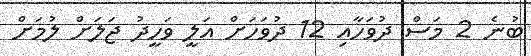
ބުނެ 2 މަސް ދުވަހާއި 12 ދުވަހަށް އަލީ ވަހީދު ޖަލަށް ލުމަށް